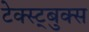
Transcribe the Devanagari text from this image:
टेक्स्ट्बुक्स